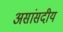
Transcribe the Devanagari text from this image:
असांसदीय